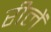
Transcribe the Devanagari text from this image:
रीलें